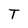
Character: T